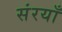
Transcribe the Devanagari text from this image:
संरयाँ